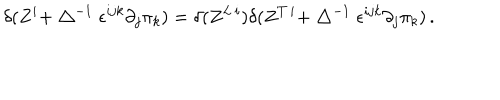
\delta ( Z ^ { i } + \bigtriangleup ^ { - 1 } \epsilon ^ { i j k } \partial _ { j } \pi _ { k } ) = \delta ( Z ^ { L \, i } ) \delta ( Z ^ { T \, i } + \bigtriangleup ^ { - 1 } \epsilon ^ { i j k } \partial _ { j } \pi _ { k } ) \, .